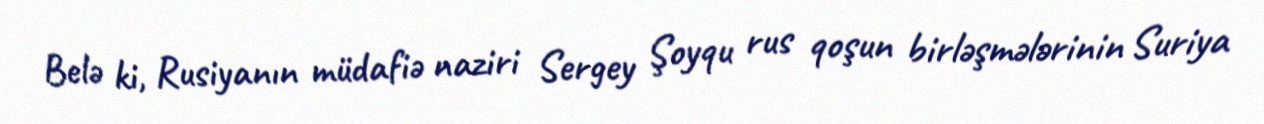
Belə ki, Rusiyanın müdafiə naziri Sergey Şoyqu rus qoşun birləşmələrinin Suriya